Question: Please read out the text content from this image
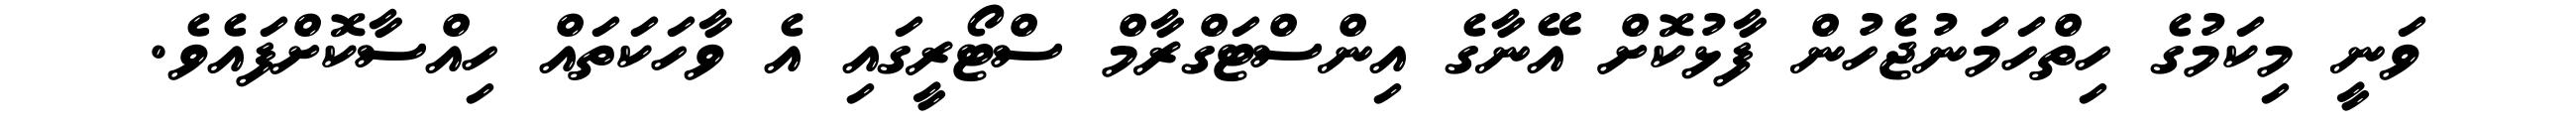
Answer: ވަނީ މިކަމުގެ ހިތްހަމަނުޖެހުން ފާޅުކޮށް އޭނާގެ އިންސްޓަގްރާމް ސްޓޯރީގައި އެ ވާހަކަތައް ހިއްސާކޮށްފައެވެ.